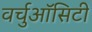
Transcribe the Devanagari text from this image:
वर्चुऑसिटी